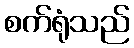
စက်ရုံသည်